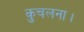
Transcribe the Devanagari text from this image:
कुचलना।